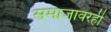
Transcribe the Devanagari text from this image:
समाजावरही